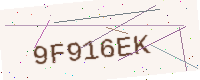
Text: 9F916EK